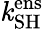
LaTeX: \mathit{k}_{\mathrm{{SH}}}^{\mathrm{{ens}}}